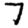
Digit: 7